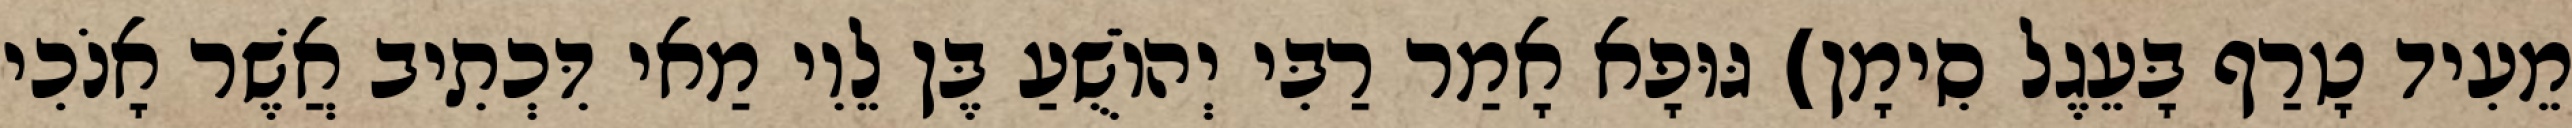
מֵעִיד טָרַף בָּעֵגֶל סִימָן) גּוּפָא אָמַר רַבִּי יְהוֹשֻׁעַ בֶּן לֵוִי מַאי דִּכְתִיב אֲשֶׁר אָנֹכִי